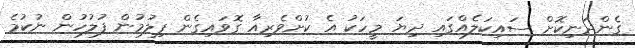
ގެންދަނިކޮށް ސައިކަލެއްގައި ދިޔަ މީހަކު އެ ކުށްވެރިއާ ގޮވައިގެން ފިލުމުން ފުލުހުން ނުކުމެ